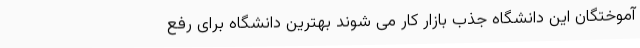
آموختگان این دانشگاه جذب بازار کار می شوند بهترین دانشگاه برای رفع